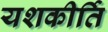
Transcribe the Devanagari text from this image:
यशकीर्ति